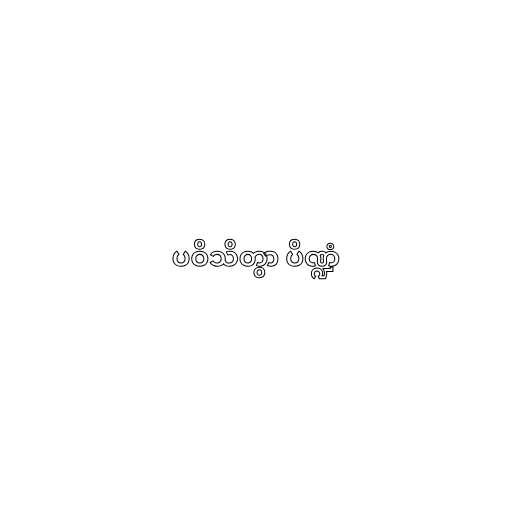
ပဝိသိတွာ ပိဏ္ဍံ